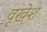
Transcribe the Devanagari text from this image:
वृखेश